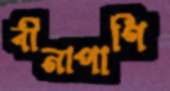
বীনাপাণি